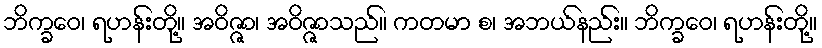
ဘိက္ခဝေ၊ ရဟန်းတို့။ အဝိဇ္ဇာ၊ အဝိဇ္ဇာသည်။ ကတမာ စ၊ အဘယ်နည်း။ ဘိက္ခဝေ၊ ရဟန်းတို့။